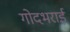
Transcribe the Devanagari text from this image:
गोदभराई